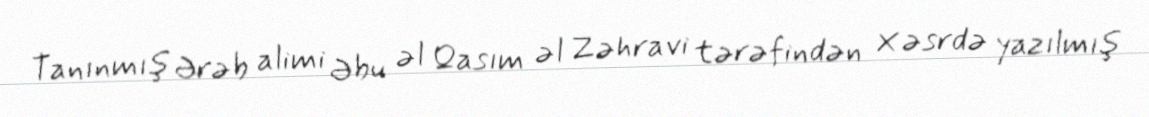
Tanınmış Ərəb alimi Əbu əl Qasım əl Zəhravi tərəfindən X əsrdə yazılmış